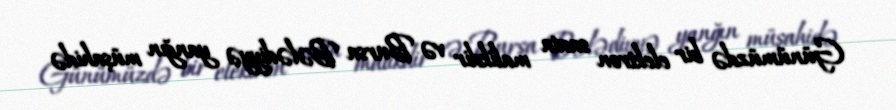
Günümüzdə bir elektron saata malikdir və Bursa Bələdiyyə yanğın müşahidə